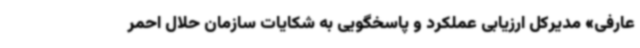
عارفی» مدیرکل ارزیابی عملکرد و پاسخگویی به شکایات سازمان حلال احمر